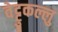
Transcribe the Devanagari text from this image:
वेट्टुकल्लु